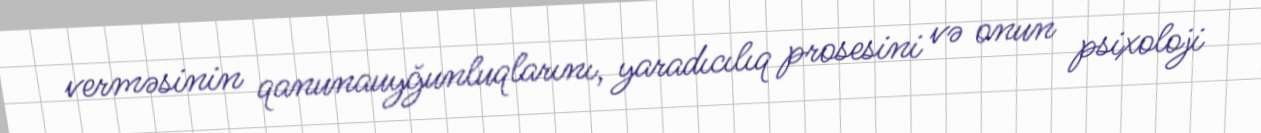
verməsinin qanunauyğunluqlarını, yaradıcılıq prosesini və onun psixoloji